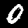
Digit: 0